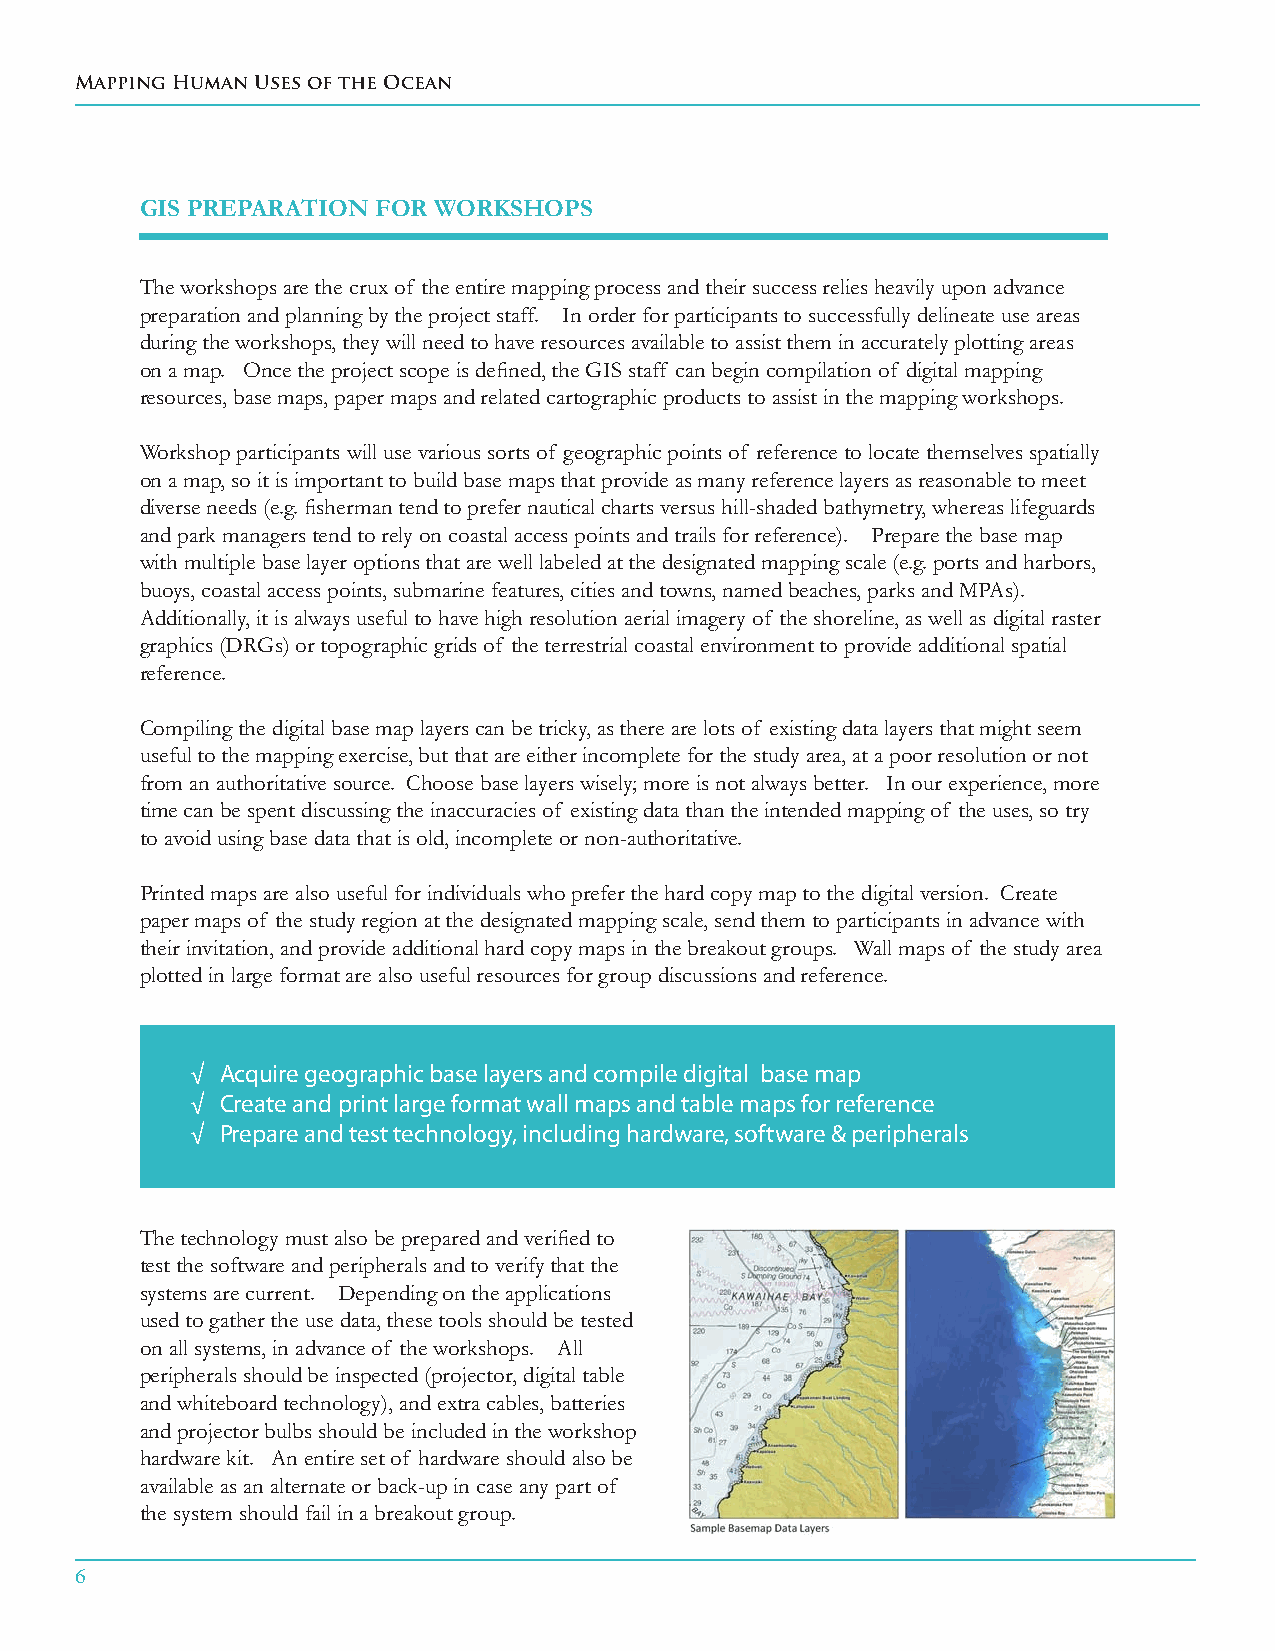
Mapping Human Uses of the Ocean
 GIS PREPARATION fOR WORkShOPS
 The workshops are the crux of the entire mapping process and their success relies heavily upon advance
 preparation and planning by the project staff. In order for participants to successfully delineate use areas
 during the workshops, they will need to have resources available to assist them in accurately plotting areas
 on a map. Once the project scope is defined, the GIS staff can begin compilation of digital mapping
 resources, base maps, paper maps and related cartographic products to assist in the mapping workshops.
 Workshop participants will use various sorts of geographic points of reference to locate themselves spatially
 on a map, so it is important to build base maps that provide as many reference layers as reasonable to meet
 diverse needs (e.g. fisherman tend to prefer nautical charts versus hill-shaded bathymetry, whereas lifeguards
 and park managers tend to rely on coastal access points and trails for reference). Prepare the base map
 with multiple base layer options that are well labeled at the designated mapping scale (e.g. ports and harbors,
 buoys, coastal access points, submarine features, cities and towns, named beaches, parks and MPAs).
 Additionally, it is always useful to have high resolution aerial imagery of the shoreline, as well as digital raster
 graphics (DRGs) or topographic grids of the terrestrial coastal environment to provide additional spatial
 reference.
 Compiling the digital base map layers can be tricky, as there are lots of existing data layers that might seem
 useful to the mapping exercise, but that are either incomplete for the study area, at a poor resolution or not
 from an authoritative source. Choose base layers wisely; more is not always better. In our experience, more
 time can be spent discussing the inaccuracies of existing data than the intended mapping of the uses, so try
 to avoid using base data that is old, incomplete or non-authoritative.
 Printed maps are also useful for individuals who prefer the hard copy map to the digital version. Create
 paper maps of the study region at the designated mapping scale, send them to participants in advance with
 their invitation, and provide additional hard copy maps in the breakout groups. Wall maps of the study area
 plotted in large format are also useful resources for group discussions and reference.
 √ Acquire geographic base layers and compile digital base map
 √ Create and print large format wall maps and table maps for reference
 √ Prepare and test technology, including hardware, software & peripherals
 The technology must also be prepared and verified to
 test the software and peripherals and to verify that the
 systems are current. Depending on the applications
 used to gather the use data, these tools should be tested
 on all systems, in advance of the workshops. All
 peripherals should be inspected (projector, digital table
 and whiteboard technology), and extra cables, batteries
 and projector bulbs should be included in the workshop
 hardware kit. An entire set of hardware should also be
 available as an alternate or back-up in case any part of
 the system should fail in a breakout group.
 6